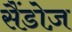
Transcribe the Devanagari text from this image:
सैंडोज़